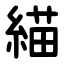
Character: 緢